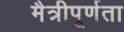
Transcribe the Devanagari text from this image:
मैत्रीपूर्णता